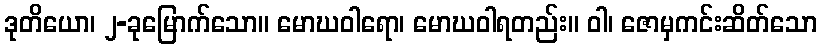
ဒုတိယော၊ ၂-ခုမြောက်သော။ မောဃဝါရော၊ မောဃဝါရတည်း။ ဝါ၊ ဇောမှကင်းဆိတ်သော